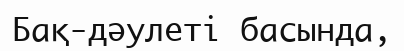
Бақ-дәулеті басында,